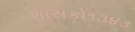
શાસકો૧૩૪૩